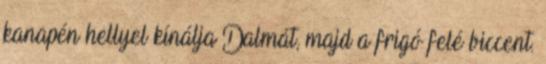
kanapén hellyel kínálja Dalmát, majd a frigó felé biccent.